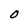
Character: O